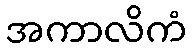
အကာလိကံ